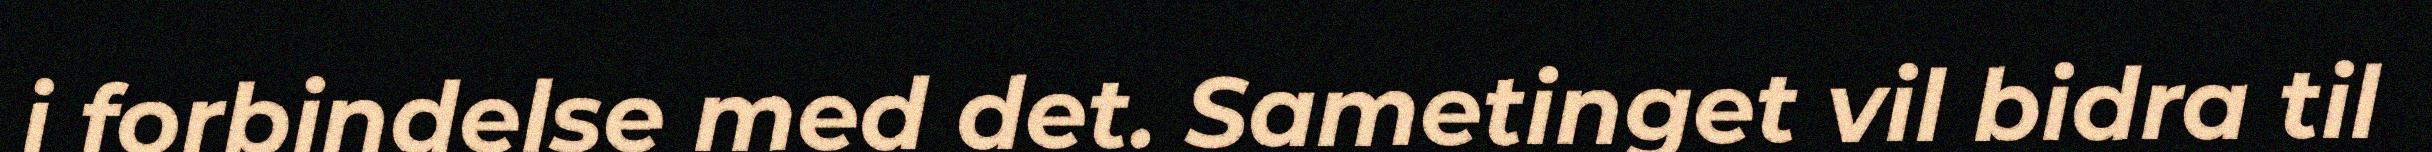
i forbindelse med det. Sametinget vil bidra til